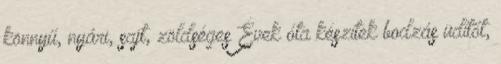
könnyű, nyári, sajt, zöldséges Évek óta készítek bodzás üdítőt,